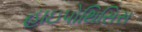
હાઇપોથિસિસ